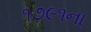
૧૭૯૧ના